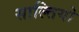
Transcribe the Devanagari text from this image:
साल्तियो